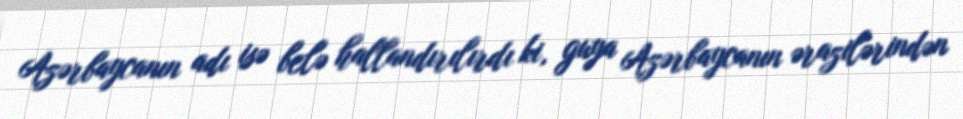
Azərbaycanın adı isə belə hallandırılırdı ki, guya Azərbaycanın ərazilərindən